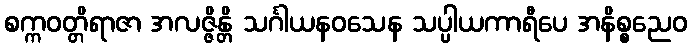
စက္ကဝတ္တိရာဇာ အလဇ္ဇိန္တိ သင်္ဂါယနဝသေန သပ္ပါယကာရီပေ အနိစ္စညေဝ